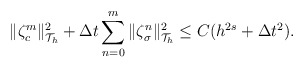
\begin{align*}\|\zeta^{m}_c\|_{\mathcal{T}_h}^2+\Delta t\sum\limits_{n=0}^m\|\zeta^{n}_\sigma\|_{\mathcal{T}_h}^2\leq C(h^{2s}+\Delta t^2).\end{align*}